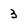
Character: 3